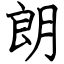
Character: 朗